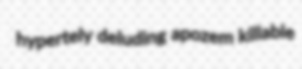
hypertely deluding apozem killable